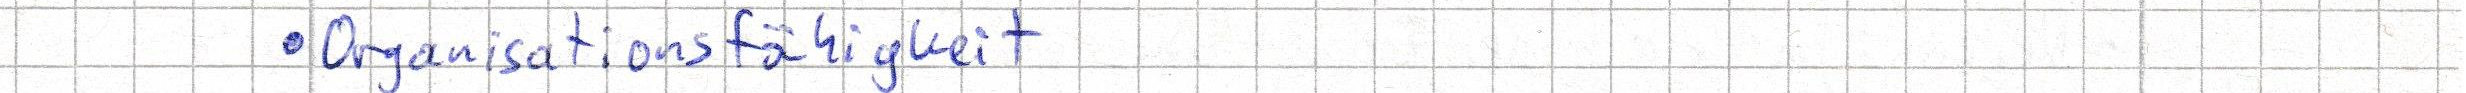
- Organisationsfähigkeit